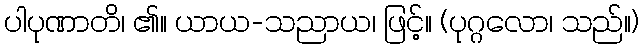
ပါပုဏာတိ၊ ၏။ ယာယ-သညာယ၊ ဖြင့်။ (ပုဂ္ဂလော၊ သည်။)